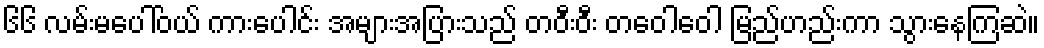
၆၆ လမ်းမပေါ်ဝယ် ကားပေါင်း အများအပြားသည် တဝီးဝီး တဝေါဝေါ မြည်ဟည်းကာ သွားနေကြဆဲ။